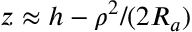
z \approx h - \rho ^ { 2 } / ( 2 R _ { a } )